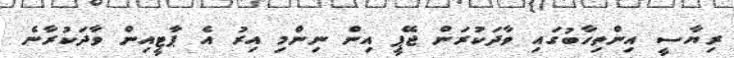
ރިޔާސީ އިންތިހާބުގައި ވާދަކުރަން ޖޭޕީ އިން ނިންމި އިރު އެ ޕާޓީއިން ވާދަކުރާނެ